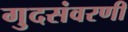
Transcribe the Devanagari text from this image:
गुदसंवरणी